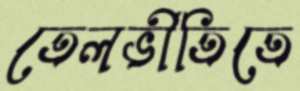
তেলভীতিতে